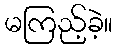
မကြည့်ခဲ့။